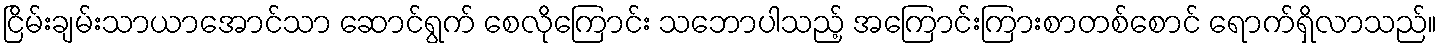
ငြိမ်းချမ်းသာယာအောင်သာ ဆောင်ရွက် စေလိုကြောင်း သဘောပါသည့် အကြောင်းကြားစာတစ်စောင် ရောက်ရှိလာသည်။